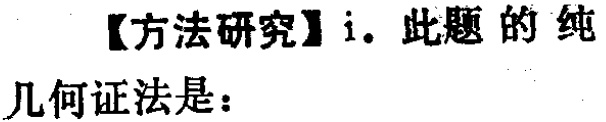
【方法研究】i. 此题的纯几何证法是：